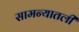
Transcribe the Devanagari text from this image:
सामन्यातली